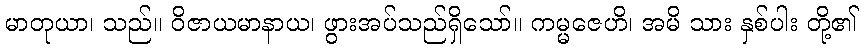
မာတုယာ၊ သည်။ ဝိဇာယမာနာယ၊ ဖွားအပ်သည်ရှိသော်။ ကမ္မဇေဟိ၊ အမိ သား နှစ်ပါး တို့၏